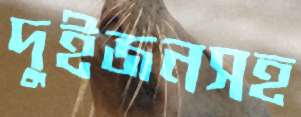
দুইজনসহ